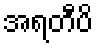
အရတီပိ